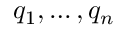
q _ { 1 } , \ldots , q _ { n }